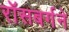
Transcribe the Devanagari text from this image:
रॉसबर्गने